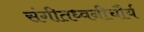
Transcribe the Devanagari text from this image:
संगीतध्वनीचौर्य